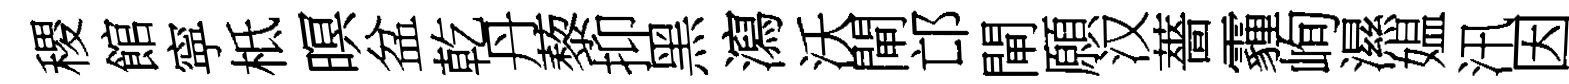
稷館寜柢暝盆乾丹藜抑黑瀉沃閘邙閘願汉薔霾峋濕媪汛因